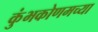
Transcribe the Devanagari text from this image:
कुंभकोणमच्या